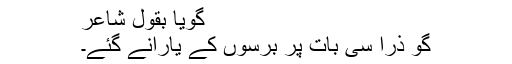
گویا بقول شاعر
گو ذرا سی بات پر برسوں کے یارانے گئے۔